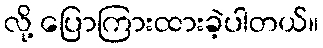
လို့ ပြောကြားထားခဲ့ပါတယ်။